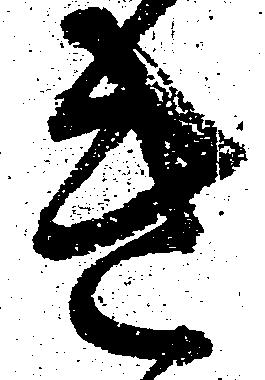
き